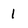
Character: 1